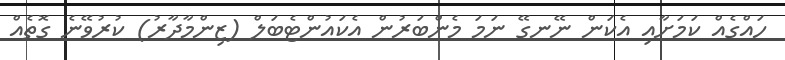
ހައްގެއް ކަމަށާއި އެކަން ނޭނގޭ ނަމަ މެންބަރުން އެކައުންޓެބަލް (ޒިންމާދާރު) ކުރުވޭނެ ގޮތެއް